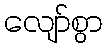
လျော်စွာ